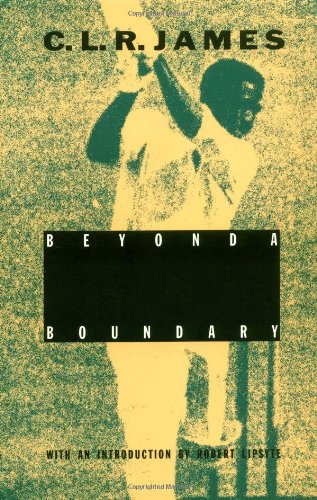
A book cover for Beyond A Boundary; C. L. R. James; Sports & Outdoors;